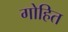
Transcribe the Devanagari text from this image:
गोहित